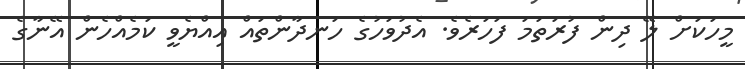
މީހަކަށް ލޭ ދިން ފުރަތަމަ ފަހަރެވެ. އެދުވަހުގެ ހަނދާންތައް އިއްޔެވީ ކަމެއްހެން އޭނާގެ